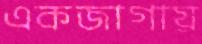
একজাগায়